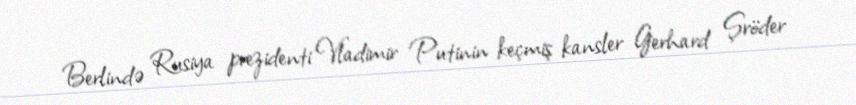
Berlində Rusiya prezidenti Vladimir Putinin keçmiş kansler Gerhard Şröder